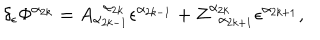
\delta _ { \epsilon } \Phi ^ { \alpha _ { 2 k } } = A _ { \alpha _ { 2 k - 1 } } ^ { \; \; \alpha _ { 2 k } } \epsilon ^ { \alpha _ { 2 k - 1 } } + Z _ { \; \; \alpha _ { 2 k + 1 } } ^ { \alpha _ { 2 k } } \epsilon ^ { \alpha _ { 2 k + 1 } } ,